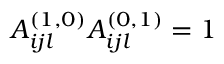
A _ { i j l } ^ { ( 1 , 0 ) } A _ { i j l } ^ { ( 0 , 1 ) } = 1